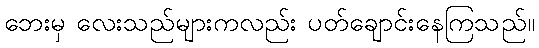
ဘေးမှ လေးသည်များကလည်း ပတ်ချောင်းနေကြသည်။